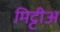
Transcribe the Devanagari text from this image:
मिट्टीअ